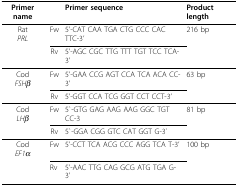
<table><thead><tr><td><b>Primer name </b></td><td></td><td><b>Primer sequence</b></td><td><b>Product length </b></td></tr></thead><tbody><tr><td>Rat<i>PRL</i></td><td>Fw</td><td>5&#x27;-CAT CAA TGA CTG CCC CAC TTC-3&#x27;</td><td>216 bp</td></tr><tr><td></td><td>Rv</td><td>5&#x27;-AGC CGC TTG TTT TGT TCC TCA-3&#x27;</td><td></td></tr><tr><td>Cod<i>FSHβ</i></td><td>Fw</td><td>5&#x27;-GAA CCG AGT CCA TCA ACA CC-3&#x27;</td><td>63 bp</td></tr><tr><td></td><td>Rv</td><td>5&#x27;-GGT CCA TCG GGT CCT CCT-3&#x27;</td><td></td></tr><tr><td>Cod<i>LHβ</i></td><td>Fw</td><td>5`-GTG GAG AAG AAG GGC TGT CC-3</td><td>81 bp</td></tr><tr><td></td><td>Rv</td><td>5`-GGA CGG GTC CAT GGT G-3`</td><td></td></tr><tr><td>Cod<i>EF1α</i></td><td>Fw</td><td>5&#x27;-CCT TCA ACG CCC AGG TCA T-3&#x27;</td><td>100 bp</td></tr><tr><td></td><td>Rv</td><td>5&#x27;-AAC TTG CAG GCG ATG TGA G-3&#x27;</td><td></td></tr></tbody></table>